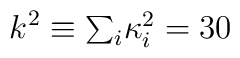
k^{2} \equiv \textstyle{\sum_{i}} \kappa^{2}_{i} = 30